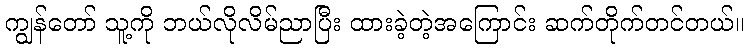
ကျွန်တော် သူ့ကို ဘယ်လိုလိမ်ညာပြီး ထားခဲ့တဲ့အကြောင်း ဆက်တိုက်တင်တယ်။